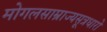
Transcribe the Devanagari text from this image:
मोगलसाम्राज्यसूत्रधारो